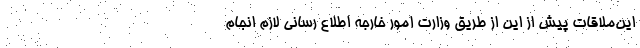
این‌ملاقات پیش از این از طریق وزارت امور خارجه اطلاع رسانی لازم انجام